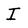
Character: I